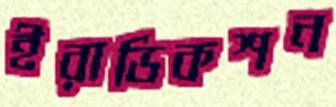
ইরাডিকশন